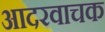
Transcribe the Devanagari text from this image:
आदरवाचक